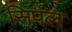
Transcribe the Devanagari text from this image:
सिपल